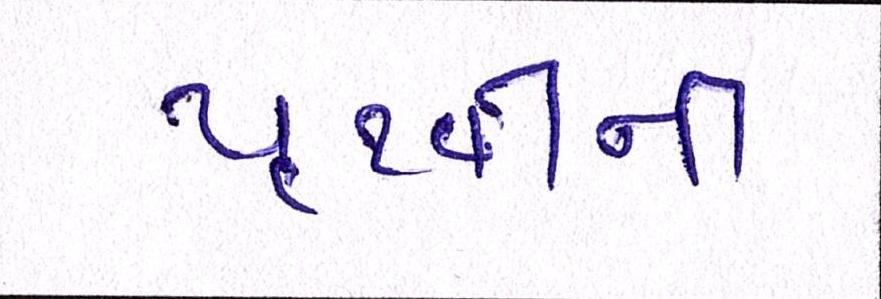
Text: પૃથ્વીની